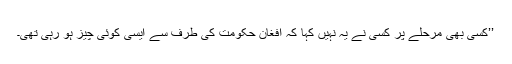
’’کسی بھی مرحلے پر کسی نے یہ نہیں کہا کہ افغان حکومت کی طرف سے ایسی کوئی چیز ہو رہی تھی۔